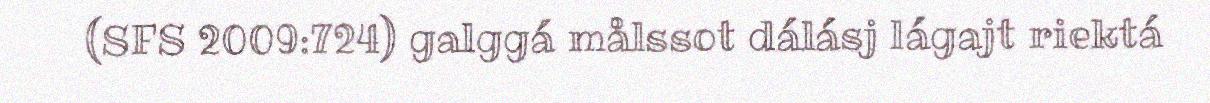
(SFS 2009:724) galggá målssot dálásj lágajt riektá